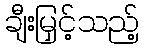
ချီးမြှင့်သည့်